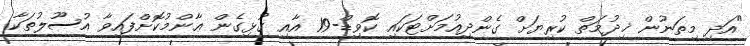
"އަދި މިތަނުން ޚިދުމަތް ކުރިޔަށް ގެންދިއުމަށްޓަކައި ކޮވިޑް-19 އާއި ގުޅިގެން ޢާންމުކޮށްފައިވާ އުސޫލުތަކާ